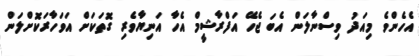
އެހެންވެ މިއަދު ވިސްނާލަން އެބަ ޖެހޭ އަފްރާޝީމް އެހާ އަނިޔާވެރި ގޮތަކަށް އަވަހާރަކޮށްލަން